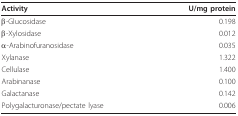
<table><thead><tr><td><b>Activity</b></td><td><b>U/mg protein</b></td></tr></thead><tbody><tr><td>β-Glucosidase</td><td>0.198</td></tr><tr><td>β-Xylosidase</td><td>0.012</td></tr><tr><td>α-Arabinofuranosidase</td><td>0.035</td></tr><tr><td>Xylanase</td><td>1.322</td></tr><tr><td>Cellulase</td><td>1.400</td></tr><tr><td>Arabinanase</td><td>0.100</td></tr><tr><td>Galactanase</td><td>0.142</td></tr><tr><td>Polygalacturonase/pectate lyase</td><td>0.006</td></tr></tbody></table>